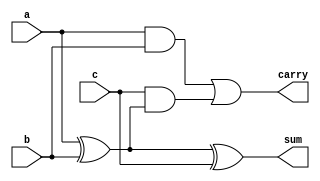
`timescale 1ns / 1ps
//////////////////////////////////////////////////////////////////////////////////
// RAHUL MEENA
// 2016UEE0088
// ASSIGNMENT #1
// Design Name:    Incrementer/Decrementer
// Module Name:    incrementeranddecrementer 
//
//////////////////////////////////////////////////////////////////////////////////
module fulladder (a,b,c, sum, carry);
input a,b,c;
output sum, carry;
wire s1,s2,s3;
xor xor1 (s1, a,b);
xor xor2 (sum , s1 ,c);
and and1  (s2,a ,b);
and and2 (s3, c, s1);
or or1 (carry,s2,s3);
endmodule

module incrementeranddecrementer(X,P,O);
 input [5:0] X;
 input P;
 output [6:0] O;
 wire [5:0] C;
 wire[5:0] xors;
 xor xor0( xors[0], 1'b1, P);
 xor xor1( xors[1], 1'b0, P);
 xor xor2( xors[2], 1'b0, P);
 xor xor3( xors[3], 1'b0, P);
 xor xor4( xors[4], 1'b0, P);
 xor xor5( xors[5], 1'b0, P);
 fulladder fa0( X[0] ,xors[0], P, O[0],C[0]);
 fulladder fa1( X[1] ,xors[1], C[0], O[1],C[1]);
 fulladder fa2( X[2] ,xors[1], C[1], O[2],C[2]);
 fulladder fa3( X[3] ,xors[1], C[2], O[3],C[3]);
 fulladder fa4( X[4] ,xors[1], C[3], O[4],C[4]);
 fulladder fa5( X[5] ,xors[1], C[4], O[5],C[5]);
 assign O[6] = C[5];
endmodule